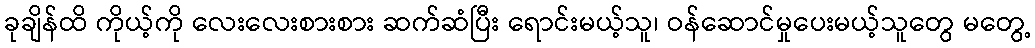
ခုချိန်ထိ ကိုယ့်ကို လေးလေးစားစား ဆက်ဆံပြီး ရောင်းမယ့်သူ၊ ဝန်ဆောင်မှုပေးမယ့်သူတွေ မတွေ့